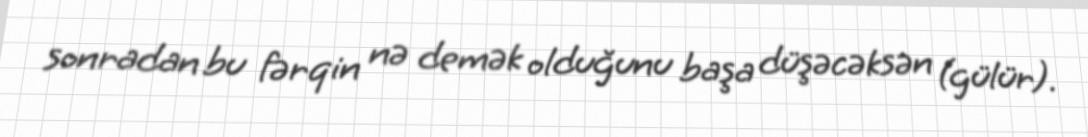
sonradan bu fərqin nə demək olduğunu başa düşəcəksən (gülür).